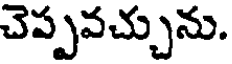
చెప్పవచ్చును.